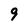
Character: 9